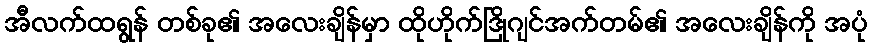
အီလက်ထရွန် တစ်ခု၏ အလေးချိန်မှာ ထိုဟိုက်ဒြိုဂျင်အက်တမ်၏ အလေးချိန်ကို အပုံ